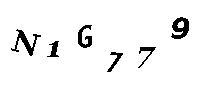
N1G779